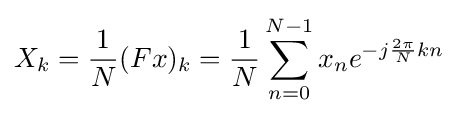
X_{k}={\frac {1}{N}}(Fx)_{k}={\frac {1}{N}}\sum _{n=0}^{N-1}x_{n}e^{-j{\frac {2\pi }{N}}kn}